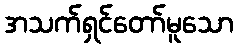
အသက်ရှင်တော်မူသော